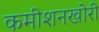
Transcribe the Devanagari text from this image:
कमीशनखोरी